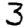
Digit: 3